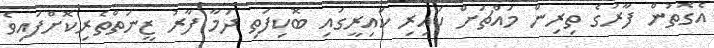
އެގޮތުން ފާރުގެ ތިރިން މައްޗަށް ކައިރި ކައިރީގައި ބޮކިފަތި ދަމާ ފާރު ޒީނަތްތެރިކޮށްފައިވެ